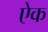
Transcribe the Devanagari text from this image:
एेक